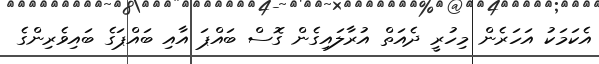
އެކަމަކު އަހަރެން މިހުރީ ދެއަތް އުރާލައިގެން ގޮސް ބައްޕަ އާއި ބައްޕަގެ ބައިވެރިންގެ